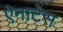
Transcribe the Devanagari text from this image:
ऐनाटेस